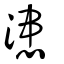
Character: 漶